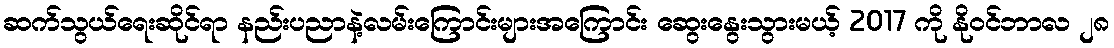
ဆက်သွယ်ရေးဆိုင်ရာ နည်းပညာနဲ့လမ်းကြောင်းများအကြောင်း ဆွေးနွေးသွားမယ့် 2017 ကို နိုဝင်ဘာလ ၂၈